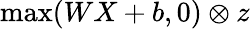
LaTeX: \operatorname*{max}(WX+b,0)\otimes z